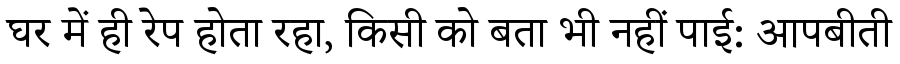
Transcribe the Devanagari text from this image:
घर में ही रेप होता रहा, किसी को बता भी नहीं पाई: आपबीती